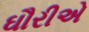
ઘૌરીએ